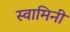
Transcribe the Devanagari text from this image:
स्‍वामिनी